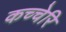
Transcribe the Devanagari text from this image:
कच्चेरि